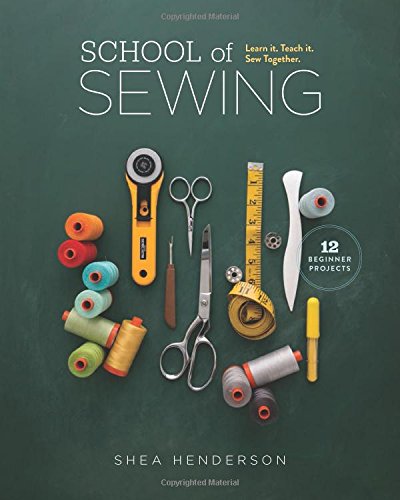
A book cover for School of Sewing: Learn it, Teach it, Sew Together; Shea Henderson; Crafts, Hobbies & Home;